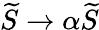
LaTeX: \widetilde{S}\to\alpha\widetilde{S}